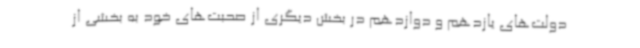
دولت‌های یازدهم و دوازدهم در بخش دیگری از صحبت‌های خود به بخشی از